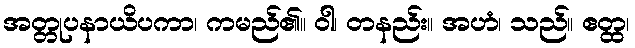
အတ္တုပနာယိပကာ၊ ကမည်၏။ ဝါ၊ တနည်း။ အဟံ၊ သည်။ ဧတ္ထ၊